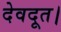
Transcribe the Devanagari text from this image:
देवदूत।